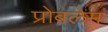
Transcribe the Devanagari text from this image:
प्रोबलेम